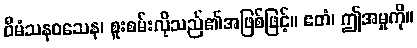
ဝီမံသနဝသေန၊ စူးစမ်းလိုသည်၏အဖြစ်ဖြင့်။ ဧတံ၊ ဤအမှုကို။